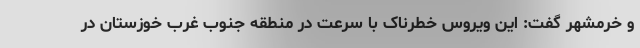
و خرمشهر گفت: این ویروس خطرناک با سرعت در منطقه جنوب غرب خوزستان در